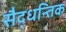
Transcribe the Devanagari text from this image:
सैद्धन्तिक